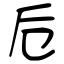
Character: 卮